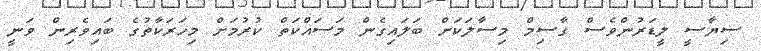
ސިޔާސީ ލީޑަރުންވެސް ގާސިމް މިސާލަކަށް ބަލައިގެން މަސައްކަތް ކުރުމަށް މިހަރަކާތުގެ ބައިވެރިން ވަނީ